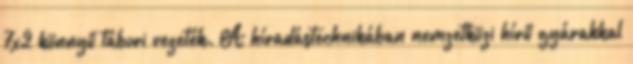
7x2 könnyű tábori vezeték. A híradástechnikában nemzetközi hírű gyárakkal